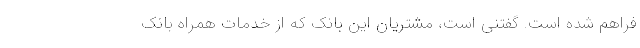
فراهم شده است. گفتنی است، مشتریان این بانک که از خدمات همراه بانک